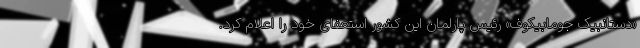
«دستانبیک جومابیکوف» رئیس پارلمان این کشور استعفای خود را اعلام کرد.